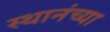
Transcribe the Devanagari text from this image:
स्थानंच्या